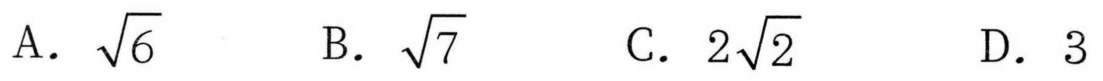
A. \(\sqrt{6}\)  \(\quad\) B. \(\sqrt{7}\)  \(\quad\) C. \(2\sqrt{2}\)  \(\quad\) D. \(3\)